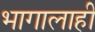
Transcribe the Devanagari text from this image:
भागालाही